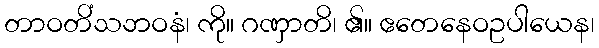
တာဝတိံသဘဝနံ၊ ကို။ ဂဏှာတိ၊ ၏။ ဧတေနေဝဥပါယေန၊